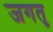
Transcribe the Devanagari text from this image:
जगतृ